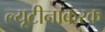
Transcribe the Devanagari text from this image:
ल्यूटीनाकरक